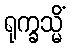
ရုက္ခသ္မိံ